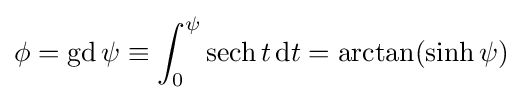
\phi =\operatorname {gd} \psi \equiv \int _{0}^{\psi }\operatorname {sech} t\,\mathrm {d} t=\operatorname {arctan} (\sinh \psi )